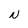
Character: N